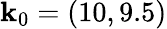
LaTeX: \mathbf{k}_{0}=(10,9.5)